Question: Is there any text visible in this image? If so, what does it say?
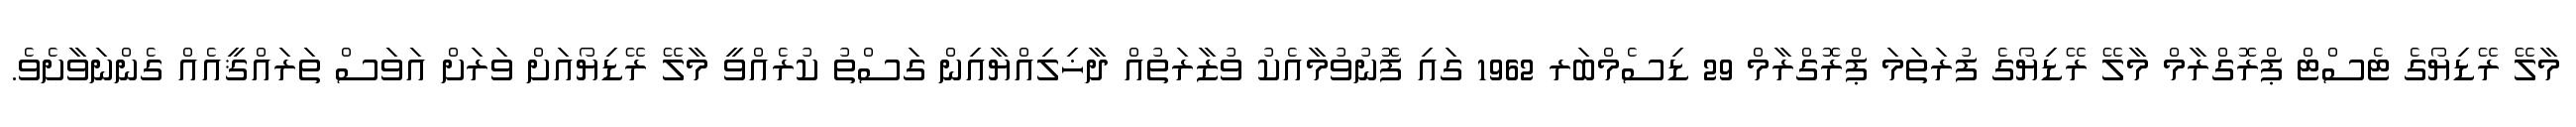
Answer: މާލޭ ރޭޑިޔޯގެ ޓެސްޓް ޕްރޮގްރާމް މާލޭ ރޭޑިޔޯގެ ފުރަތަމަ ޕްރޮގްރާމް 29 ޑިސެމްބަރ 1962 ގައި ފޮނުވުމާއެކު ވުޒާރަތުއް ދާޚިލިއްޔާއިން ގަސްތު ކުރެއްވީ މާލޭ ރޭޑިޔޯއަށް ވަރަށް އަވަސް ތަރައްޤީއެއް ގެންނަވާށެވެ.